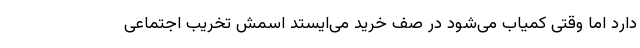
دارد اما وقتی کمیاب می‌شود در صف خرید می‌ایستد اسمش تخریب اجتماعی